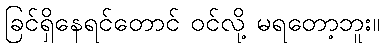
ခြင်ရှိနေရင်တောင် ဝင်လို့ မရတော့ဘူး။